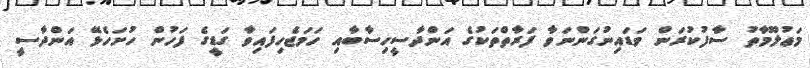
މަޢުލޫމާތު ސާފުކުރަން ވަޑައިނުގަންނަވާ ފަރާތްތަކުގެ އަންދާސީހިސާބާއި ހަމަޖެހިފައިވާ ގަޑީގެ ފަހުން ހުށަހެޅޭ އަންދާސީ